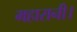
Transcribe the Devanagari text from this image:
महारानी।